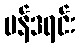
မန်ဒရင်း